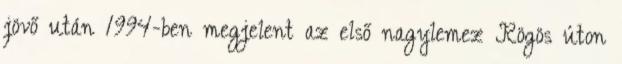
jövő után 1994-ben megjelent az első nagylemez Rögös úton